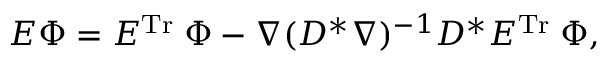
E \Phi = E ^ { \mathrm { T r } } \; \Phi - \nabla ( D ^ { * } \nabla ) ^ { - 1 } D ^ { * } E ^ { \mathrm { T r } } \; \Phi ,